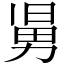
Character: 𠢎